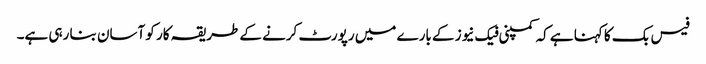
فیس بک کا کہنا ہے کہ کمپنی فیک نیوز کے بارے میں رپورٹ کرنے کے طریقہ کار کو آسان بنا رہی ہے۔